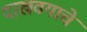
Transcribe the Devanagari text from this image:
दाखवयाचे